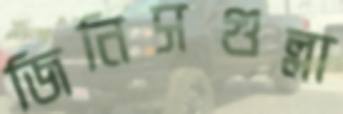
জিনিসগুল্লা